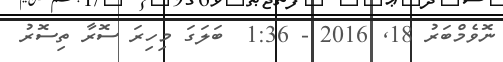
ނޮވެމްބަރު 18